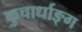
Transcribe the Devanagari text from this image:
कुचार्धाङ्ग